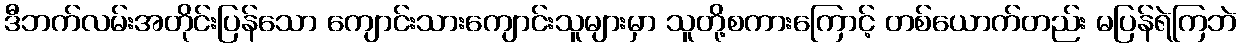
ဒီဘက်လမ်းအတိုင်းပြန်သော ကျောင်းသားကျောင်းသူများမှာ သူတို့စကားကြောင့် တစ်ယောက်တည်း မပြန်ရဲကြဘဲ